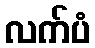
လက်ပံ